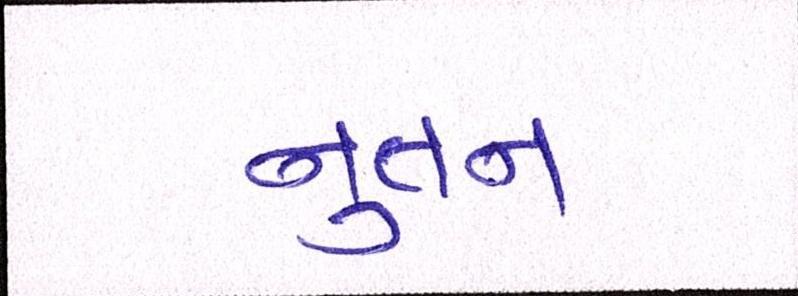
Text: નુતન